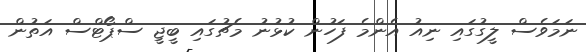
ނަމަވެސް ލީގުގައި ނިއު އެންމެ ފަހުން ކުޅުނު މެޗުގައި ބީޖީ ސްޕޯޓްސް އަތުން